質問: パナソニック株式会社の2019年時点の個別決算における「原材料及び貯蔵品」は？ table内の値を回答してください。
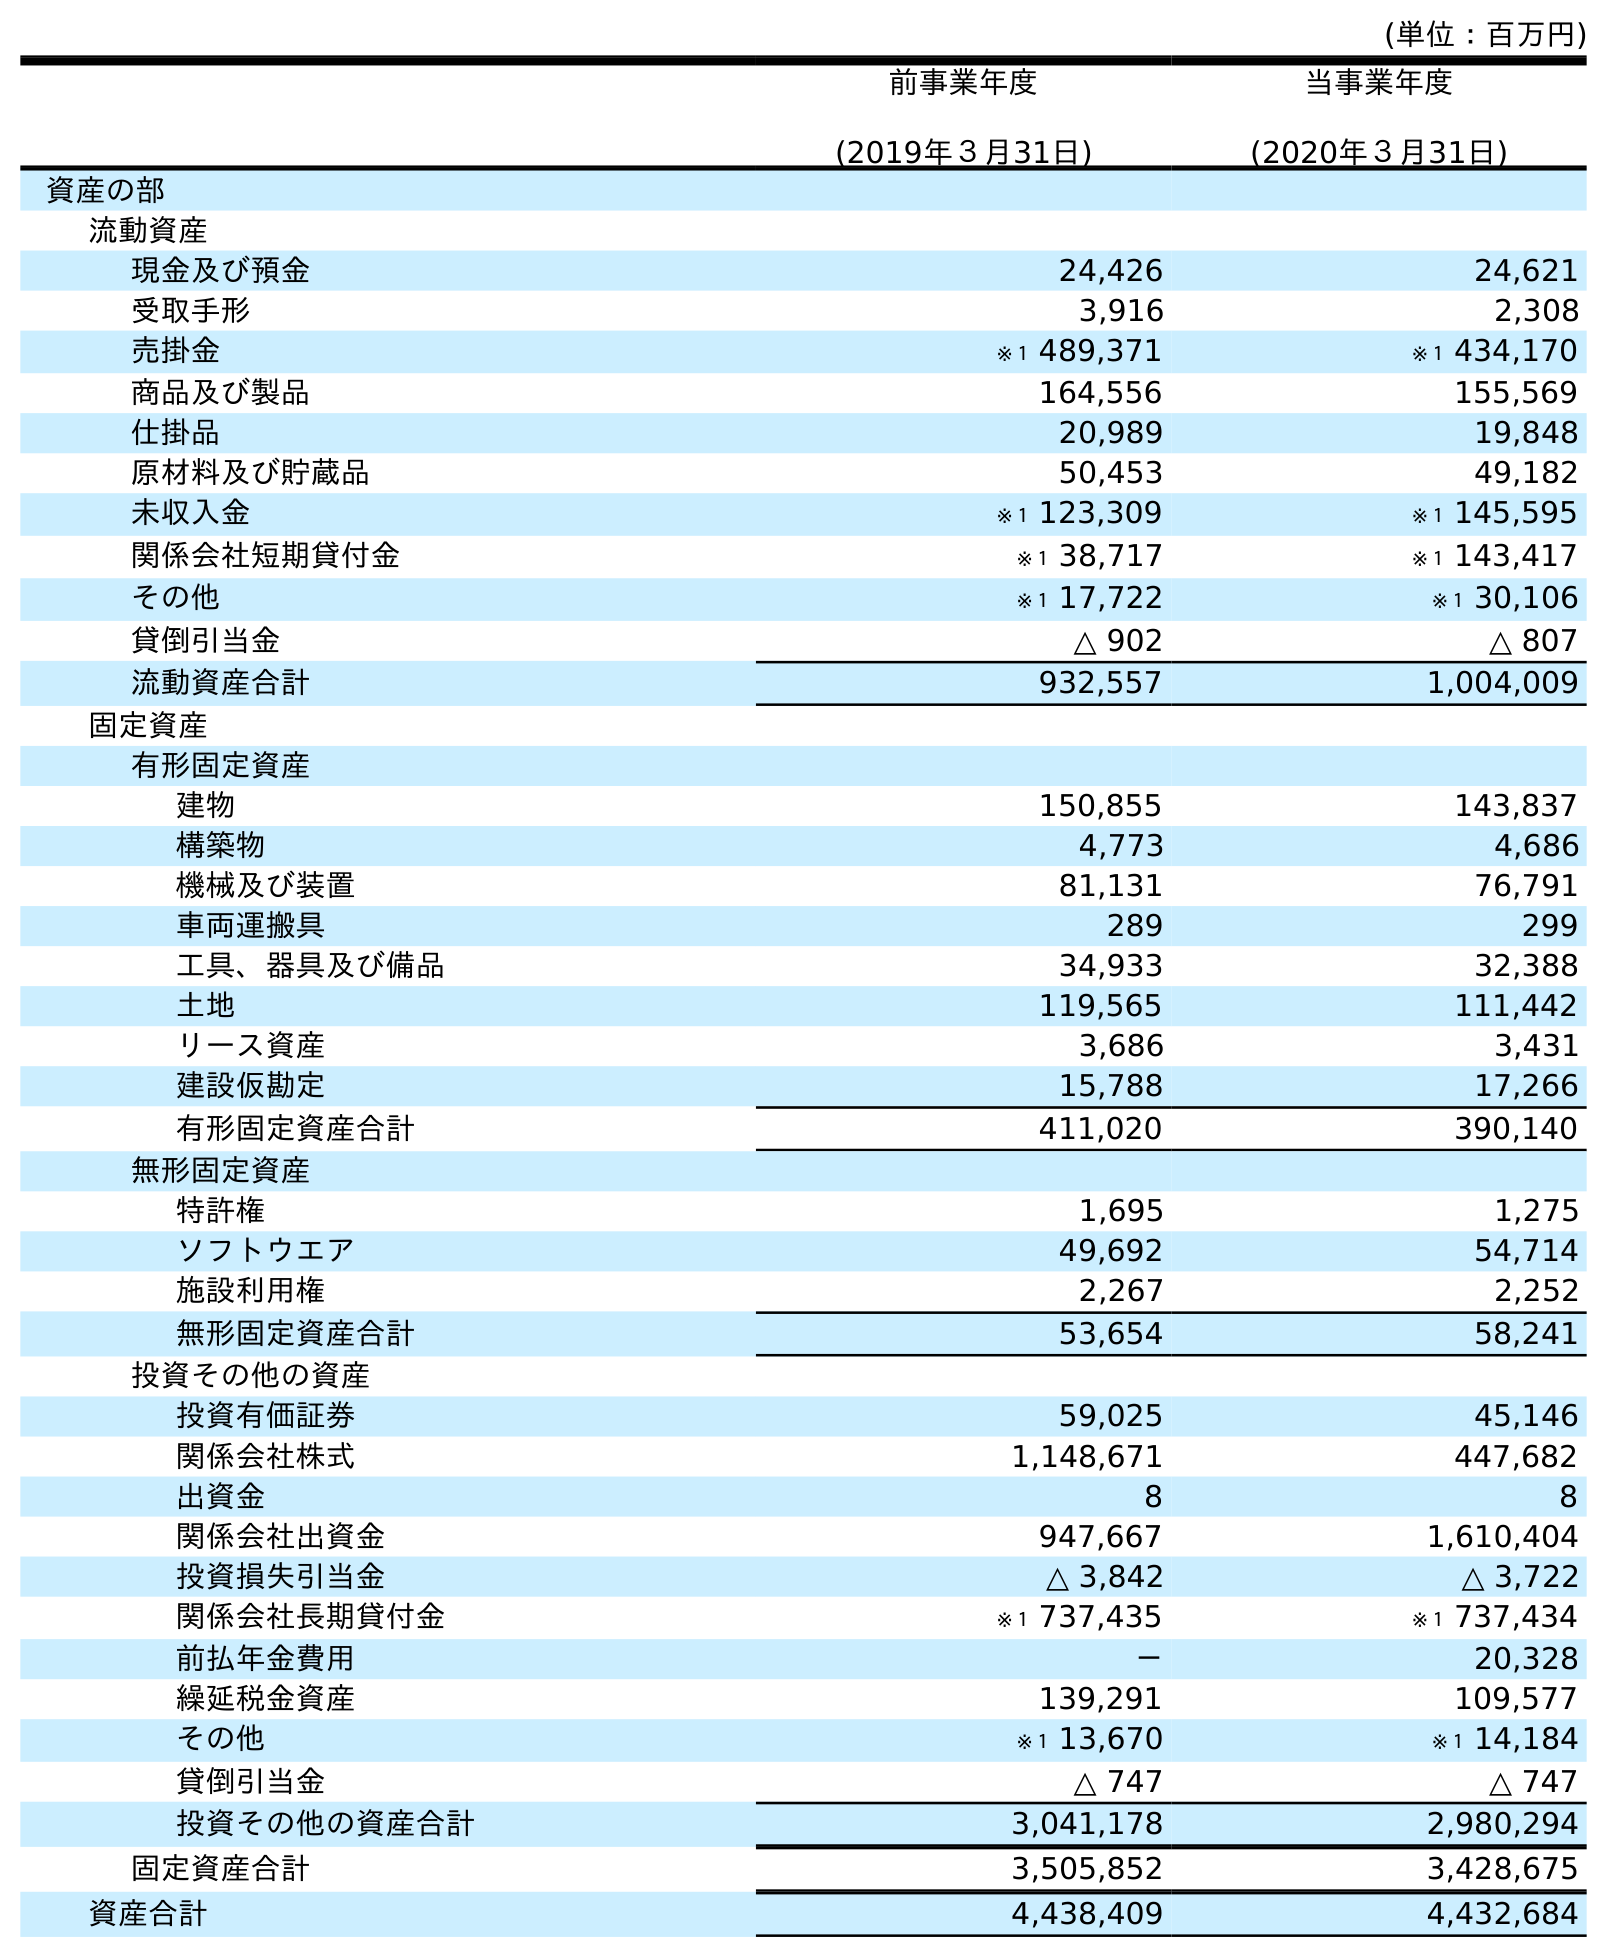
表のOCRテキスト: (単位：百万円) 前事業年度 (2019年３月31日) 当事業年度 (2020年３月31日) 資産の部 流動資産 現金及び預金 24,426 24,621 受取手形 3,916 2,308 売掛金 ※１ 489,371 ※１ 434,170 商品及び製品 164,556 155,569 仕掛品 20,989 19,848 原材料及び貯蔵品 50,453 49,182 未収入金 ※１ 123,309 ※１ 145,595 関係会社短期貸付金 ※１ 38,717 ※１ 143,417 その他 ※１ 17,722 ※１ 30,106 貸倒引当金 △ 902 △ 807 流動資産合計 932,557 1,004,009 固定資産 有形固定資産 建物 150,855 143,837 構築物 4,773 4,686 機械及び装置 81,131 76,791 車両運搬具 289 299 工具、器具及び備品 34,933 32,388 土地 119,565 111,442 リース資産 3,686 3,431 建設仮勘定 15,788 17,266 有形固定資産合計 411,020 390,140 無形固定資産 特許権 1,695 1,275 ソフトウエア 49,692 54,714 施設利用権 2,267 2,252 無形固定資産合計 53,654 58,241 投資その他の資産 投資有価証券 59,025 45,146 関係会社株式 1,148,671 447,682 出資金 8 8 関係会社出資金 947,667 1,610,404 投資損失引当金 △ 3,842 △ 3,722 関係会社長期貸付金 ※１ 737,435 ※１ 737,434 前払年金費用 － 20,328 繰延税金資産 139,291 109,577 その他 ※１ 13,670 ※１ 14,184 貸倒引当金 △ 747 △ 747 投資その他の資産合計 3,041,178 2,980,294 固定資産合計 3,505,852 3,428,675 資産合計 4,438,409 4,432,684
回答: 50,453